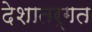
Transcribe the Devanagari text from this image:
देशातर्गत